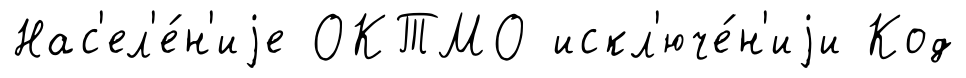
Нас'ел'е́н'иjе ОКТМО искл'юче́н'иjи Код